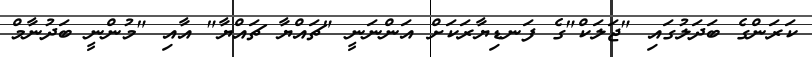
ކަރަންގެ ބަދަލުގައި "ޖަލަކް"ގެ ފަނޑިޔާރަކަށް އަންނަނީ "ޗައްޔާ ޗައްޔާ" އާއި "މުންނީ ބަދުނާމް